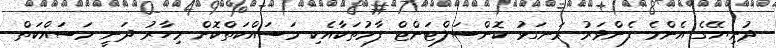
ދުނިޔޭގެ އެންމެ ފެންވަރު ރަނގަޅު ކޮންސަލްޓަންޓް ފާމުތަކާއެކި މަސައްކަތްކޮށް މިހާރު ދަނީ މަސައްކަތް